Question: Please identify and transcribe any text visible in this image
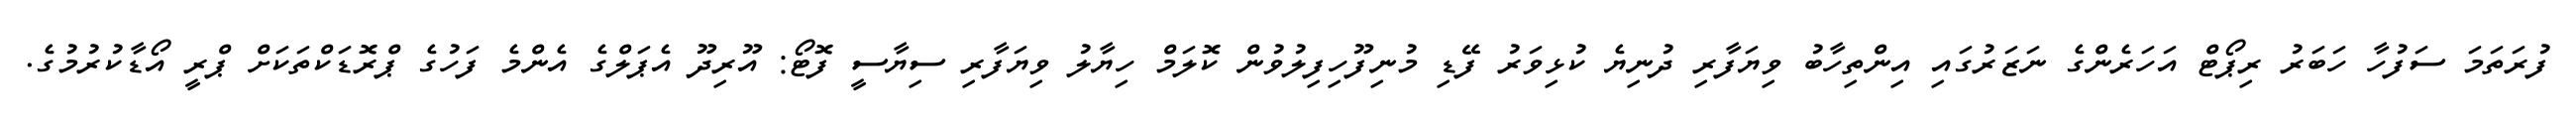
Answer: ފުރަތަމަ ސަފުހާ ހަބަރު ރިޕޯޓް އަހަރެންގެ ނަޒަރުގައި އިންތިހާބު ވިޔަފާރި ދުނިޔެ ކުޅިވަރު ފޭޑި މުނިފޫހިފިލުވުން ކޮލަމް ހިޔާލު ވިޔަފާރި ސިޔާސީ ފޮޓޯ: އޫރިދޫ އެޕަލްގެ އެންމެ ފަހުގެ ޕްރޮޑަކްތަކަށް ޕްރީ އޯޑާކުރުމުގެ.